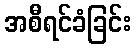
အစီရင်ခံခြင်း